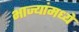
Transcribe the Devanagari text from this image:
भाज्यांमध्ये